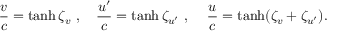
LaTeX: { \frac { v } { c } } = \operatorname { t a n h } \zeta _ { v } \ , \quad { \frac { u ^ { \prime } } { c } } = \operatorname { t a n h } \zeta _ { u ^ { \prime } } \ , \quad \, { \frac { u } { c } } = \operatorname { t a n h } ( \zeta _ { v } + \zeta _ { u ^ { \prime } } ) .